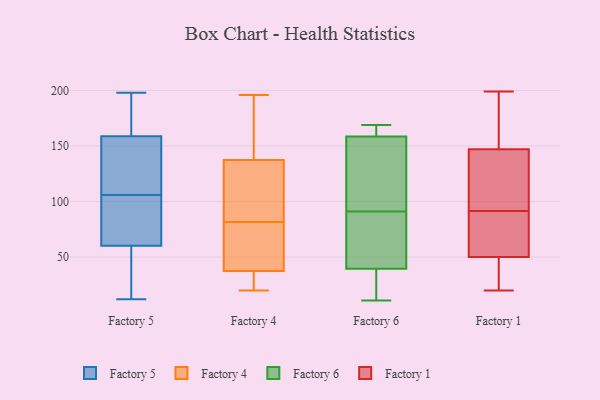
{"axis": {"x": "Net Income (USD K)", "y": "Value"}, "legend": ["Factory 1", "Factory 4", "Factory 5", "Factory 6"], "data": [{"x": "", "y": 70, "type": "Factory 5"}, {"x": "", "y": 91, "type": "Factory 5"}, {"x": "", "y": 128, "type": "Factory 5"}, {"x": "", "y": 169, "type": "Factory 5"}, {"x": "", "y": 111, "type": "Factory 5"}, {"x": "", "y": 118, "type": "Factory 5"}, {"x": "", "y": 198, "type": "Factory 5"}, {"x": "", "y": 156, "type": "Factory 5"}, {"x": "", "y": 178, "type": "Factory 5"}, {"x": "", "y": 167, "type": "Factory 5"}, {"x": "", "y": 31, "type": "Factory 5"}, {"x": "", "y": 94, "type": "Factory 5"}, {"x": "", "y": 12, "type": "Factory 5"}, {"x": "", "y": 31, "type": "Factory 5"}, {"x": "", "y": 71, "type": "Factory 5"}, {"x": "", "y": 20, "type": "Factory 5"}, {"x": "", "y": 106, "type": "Factory 5"}, {"x": "", "y": 83, "type": "Factory 4"}, {"x": "", "y": 169, "type": "Factory 4"}, {"x": "", "y": 152, "type": "Factory 4"}, {"x": "", "y": 123, "type": "Factory 4"}, {"x": "", "y": 35, "type": "Factory 4"}, {"x": "", "y": 31, "type": "Factory 4"}, {"x": "", "y": 80, "type": "Factory 4"}, {"x": "", "y": 89, "type": "Factory 4"}, {"x": "", "y": 55, "type": "Factory 4"}, {"x": "", "y": 20, "type": "Factory 4"}, {"x": "", "y": 40, "type": "Factory 4"}, {"x": "", "y": 196, "type": "Factory 4"}, {"x": "", "y": 156, "type": "Factory 6"}, {"x": "", "y": 166, "type": "Factory 6"}, {"x": "", "y": 21, "type": "Factory 6"}, {"x": "", "y": 40, "type": "Factory 6"}, {"x": "", "y": 66, "type": "Factory 6"}, {"x": "", "y": 70, "type": "Factory 6"}, {"x": "", "y": 131, "type": "Factory 6"}, {"x": "", "y": 112, "type": "Factory 6"}, {"x": "", "y": 120, "type": "Factory 6"}, {"x": "", "y": 49, "type": "Factory 6"}, {"x": "", "y": 31, "type": "Factory 6"}, {"x": "", "y": 22, "type": "Factory 6"}, {"x": "", "y": 164, "type": "Factory 6"}, {"x": "", "y": 169, "type": "Factory 6"}, {"x": "", "y": 142, "type": "Factory 6"}, {"x": "", "y": 39, "type": "Factory 6"}, {"x": "", "y": 163, "type": "Factory 6"}, {"x": "", "y": 66, "type": "Factory 6"}, {"x": "", "y": 11, "type": "Factory 6"}, {"x": "", "y": 161, "type": "Factory 6"}, {"x": "", "y": 156, "type": "Factory 1"}, {"x": "", "y": 198, "type": "Factory 1"}, {"x": "", "y": 65, "type": "Factory 1"}, {"x": "", "y": 118, "type": "Factory 1"}, {"x": "", "y": 138, "type": "Factory 1"}, {"x": "", "y": 40, "type": "Factory 1"}, {"x": "", "y": 52, "type": "Factory 1"}, {"x": "", "y": 121, "type": "Factory 1"}, {"x": "", "y": 57, "type": "Factory 1"}, {"x": "", "y": 128, "type": "Factory 1"}, {"x": "", "y": 54, "type": "Factory 1"}, {"x": "", "y": 31, "type": "Factory 1"}, {"x": "", "y": 168, "type": "Factory 1"}, {"x": "", "y": 48, "type": "Factory 1"}, {"x": "", "y": 199, "type": "Factory 1"}, {"x": "", "y": 20, "type": "Factory 1"}]}